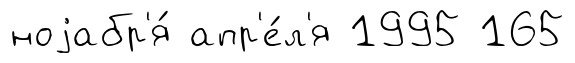
ноjабр'я́ апр'е́л'я 1995 165